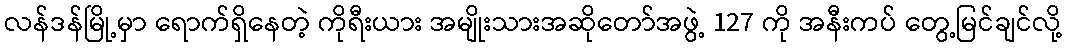
လန်ဒန်မြို့မှာ ရောက်ရှိနေတဲ့ ကိုရီးယား အမျိုးသားအဆိုတော်အဖွဲ့ 127 ကို အနီးကပ် တွေ့မြင်ချင်လို့